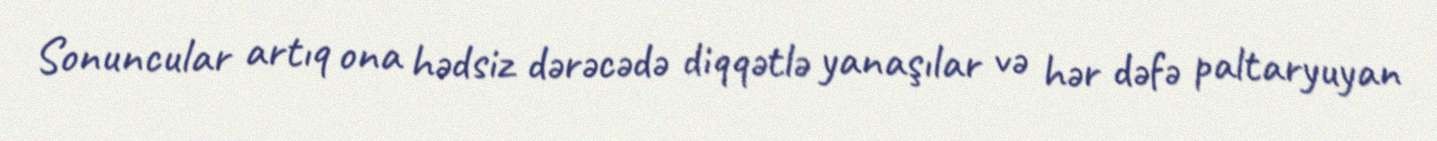
Sonuncular artıq ona hədsiz dərəcədə diqqətlə yanaşılar və hər dəfə paltaryuyan